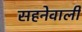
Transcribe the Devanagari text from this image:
सहनेवाली